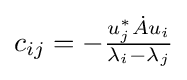
{\textstyle c_{ij}=-{\frac {u_{j}^{*}{\dot {A}}u_{i}}{\lambda _{i}-\lambda _{j}}}}